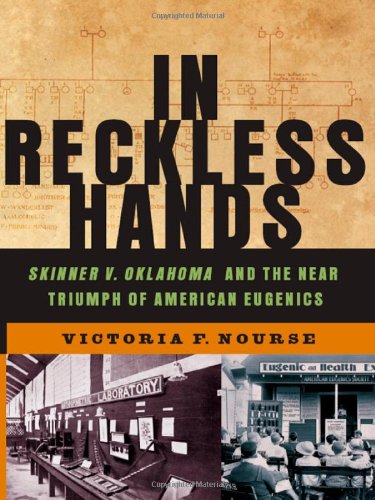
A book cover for In Reckless Hands: Skinner v. Oklahoma and the Near-Triumph of American Eugenics; Victoria F. Nourse; Law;